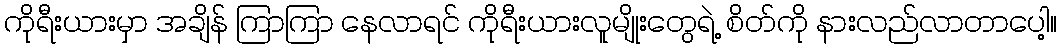
ကိုရီးယားမှာ အချိန် ကြာကြာ နေလာရင် ကိုရီးယားလူမျိုးတွေရဲ့ စိတ်ကို နားလည်လာတာပေါ့။